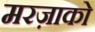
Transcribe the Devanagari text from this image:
मरज़ाको